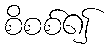
စိစစ်၍